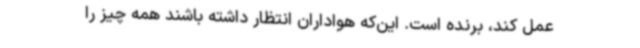
عمل کند، برنده است. این‌که هواداران انتظار داشته باشند همه چیز را